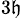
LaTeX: _{3\mathfrak{h}}